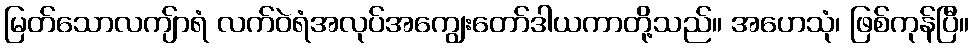
မြတ်သောလကျ်ာရံ လက်ဝဲရံအလုပ်အကျွေးတော်ဒါယကာတို့သည်။ အဟေသုံ၊ ဖြစ်ကုန်ပြီ။